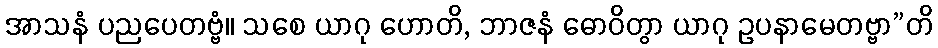
အာသနံ ပညပေတဗ္ဗံ။ သစေ ယာဂု ဟောတိ, ဘာဇနံ ဓောဝိတွာ ယာဂု ဥပနာမေတဗ္ဗာ”တိ